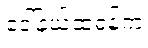
ဒေါ်နယ်ထရန့်က